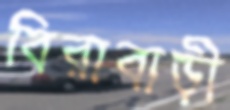
বিরাবাড়ী